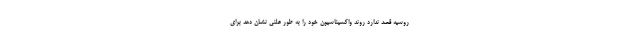
روسیه قصد ندارد روند واکسیناسیون خود را به طور علنی نشان دهد برای